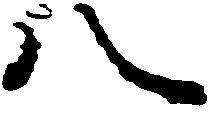
八